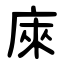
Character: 庲